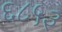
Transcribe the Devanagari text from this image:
६८५३